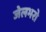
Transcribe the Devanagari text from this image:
जेलभरो